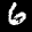
Label: 6